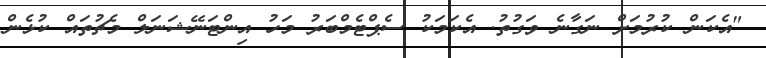
"އެކަން ކުރުމަށް ނަގާނެ ވަގުތު. އެކަމަކު ސެޕްޓެމްބަރު މަހު އިންޓަނޭޝަނަލް މެޗުތައް ކުޅެން